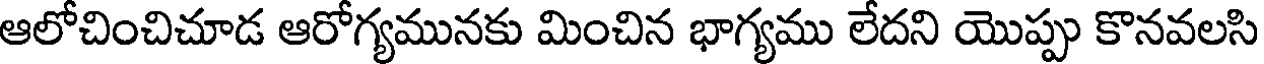
ఆలోచించిచూడ ఆరోగ్యమునకు మించిన భాగ్యము లేదని యొప్పు కొనవలసి